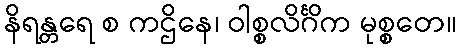
နိရန္တရေ စ ကဌိနေ၊ ဝါစ္စလိင်္ဂိက မုစ္စတေ။